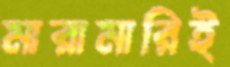
মারামারিই